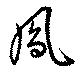
鳳